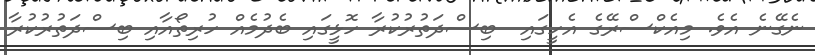
ނެގޭނެ އެވެ. މިއެކްސްރޭގެ އެހީގައި  ބިސްދަތުރުކުރާ ހޮޅީގައި ބެދުމެއް ހުރިތޯއާއި ބިސްދަތުރުކުރާ